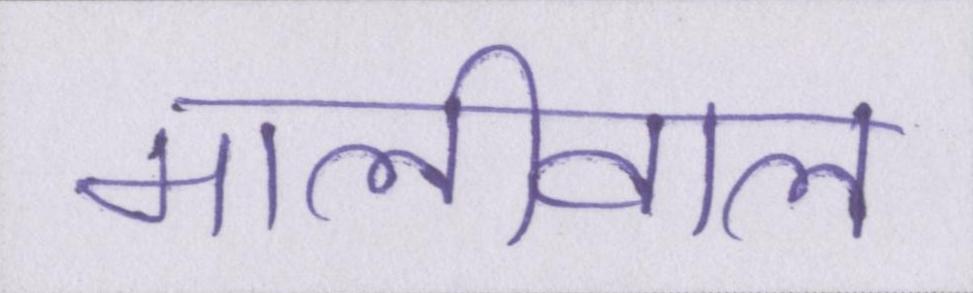
मालीवाल